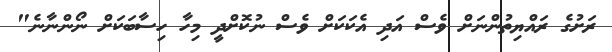
ރަށުގެ ރައްޔިތުންނަށް ވެސް އަދި އެކަކަށް ވެސް ނުކޮށްދީ މިހާ ހިސާބަކަށް ނޯންނާނެ"